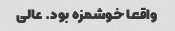
واقعا خوشمزه بود. عالی